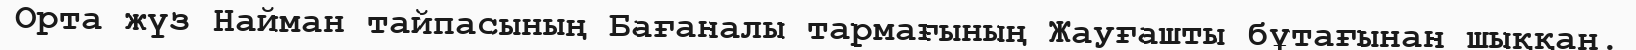
Орта жүз Найман тайпасының Бағаналы тармағының Жауғашты бұтағынан шыққан.